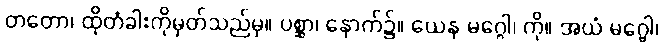
တတော၊ ထိုတံခါးကိုမှတ်သည်မှ။ ပစ္ဆာ၊ နောက်၌။ ယေန မဂ္ဂေါ၊ ကို။ အယံ မဂ္ဗေါ၊